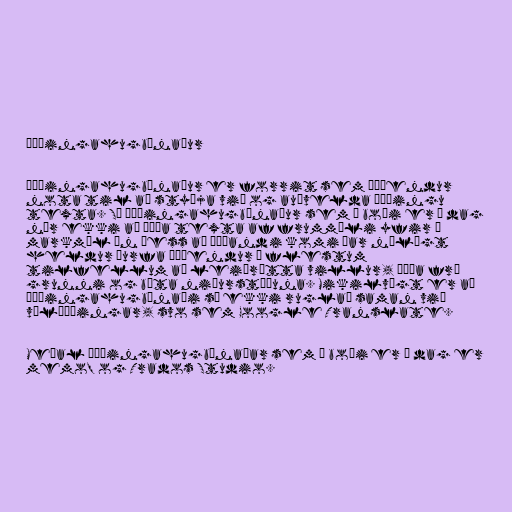
Þýðingahugbúnaður

Þýðingahugbúnaður er forrit sem þýðendur
nota til að styðja við og auðvelda þýðingu
texta. Sá þýðingahugbúnaður sem í boði er í dag
nær ekki að þýða texta af frummáli yfir á
markmál án þess að þýðandi komi þar nálægt
heldur þurfa þýðendur í flestum
tilfellum að leiðrétta villur, þýða frá
grunni og bæta niðurstöðuna. Mikilvægt er að
þýðingahugbúnaði sé ekki ruglað saman við
vélþýðingar, svo sem Google Translate.

Meðal þýðingahugbúnaðar sem í boði er í dag er
memoQ og Trados Studio.